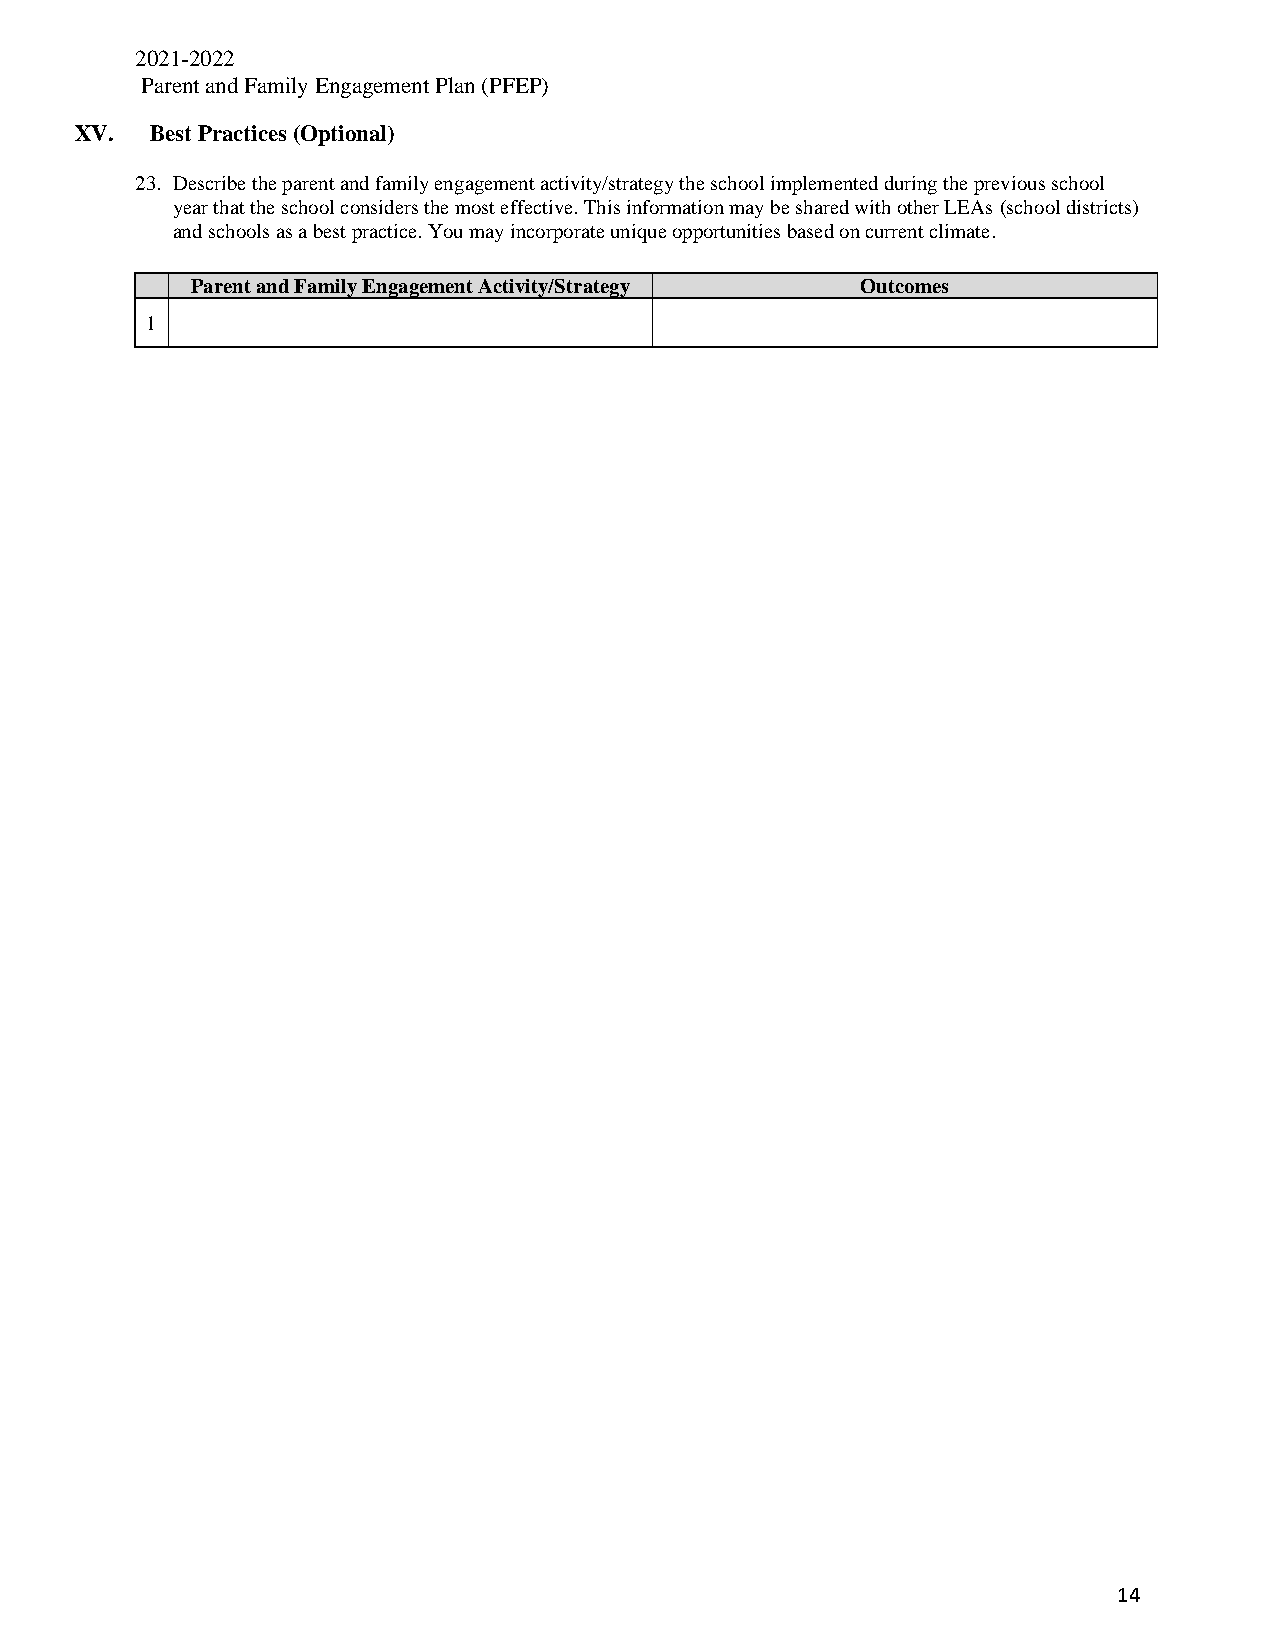
2021-2022
 Parent and Family Engagement Plan (PFEP)
 XV.  Best Practices (Optional)
 23. Describe the parent and family engagement activity/strategy the school implemented during the previous school
 year that the school considers the most effective. This information may be shared with other LEAs (school districts)
 and schools as a best practice. You may incorporate unique opportunities based on current climate.
 Parent and Family Engagement Activity/Strategy Outcomes
 1
 14